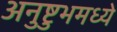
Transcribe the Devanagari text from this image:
अनुष्टुभमध्ये